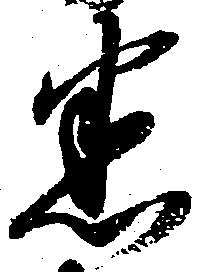
悉